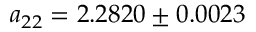
a _ { 2 2 } = 2 . 2 8 2 0 \pm 0 . 0 0 2 3